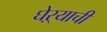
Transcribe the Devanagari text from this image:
घेऱ्याची